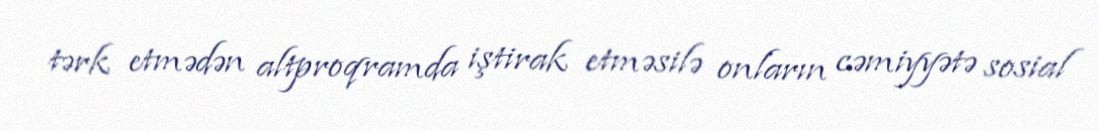
tərk etmədən altproqramda iştirak etməsilə onların cəmiyyətə sosial